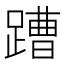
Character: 蹧